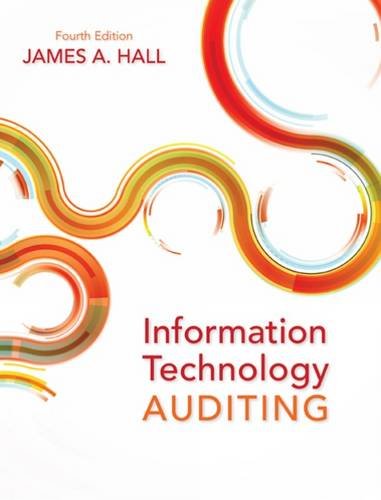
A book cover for Information Technology Auditing; James A. Hall; Business & Money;